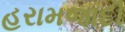
હરામજાદી